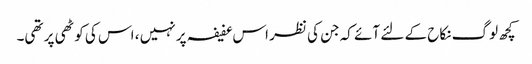
کچھ لوگ نکاح کے لئے آئے کہ جن کی نظر اس عفیفہ پر نہیں ، اس کی کوٹھی پر تھی۔